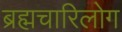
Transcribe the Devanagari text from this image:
ब्रह्मचारिलोग